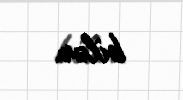
bilər.